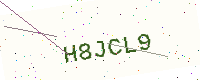
Text: H8JCL9